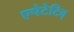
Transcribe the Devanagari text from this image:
एपेटेटिव्